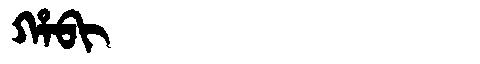
Manchu: ᡥᠠᠪᡳ
Romanization: HABI